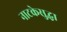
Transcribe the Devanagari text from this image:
नाटकेसुद्धा